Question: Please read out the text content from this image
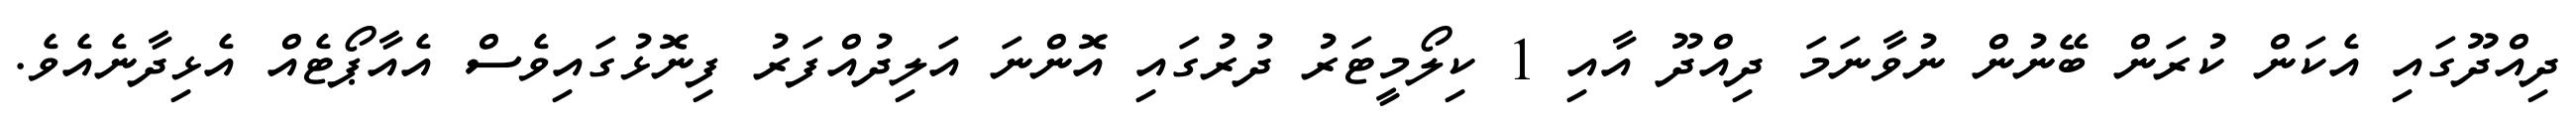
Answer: ދިއްދޫގައި އެކަން ކުރަން ބޭނުން ނުވާނަމަ ދިއްދޫ އާއި 1 ކިލޯމީޓަރު ދުރުގައި އޮންނަ އަލިދުއްފަރު ފިނޮޅުގައިވެސް އެއާޕޯޓެއް އެޅިދާނެއެވެ.